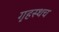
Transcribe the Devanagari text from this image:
गृहस्थच